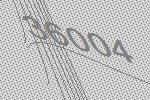
36004